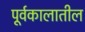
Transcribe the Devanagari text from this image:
पूर्वकालातील